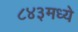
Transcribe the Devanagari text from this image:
८४३मध्ये